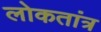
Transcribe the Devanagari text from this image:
लोकतांत्र